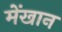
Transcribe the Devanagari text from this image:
मेंखान